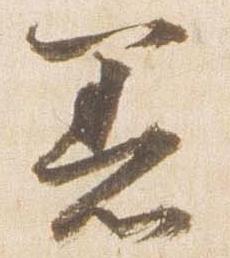
着